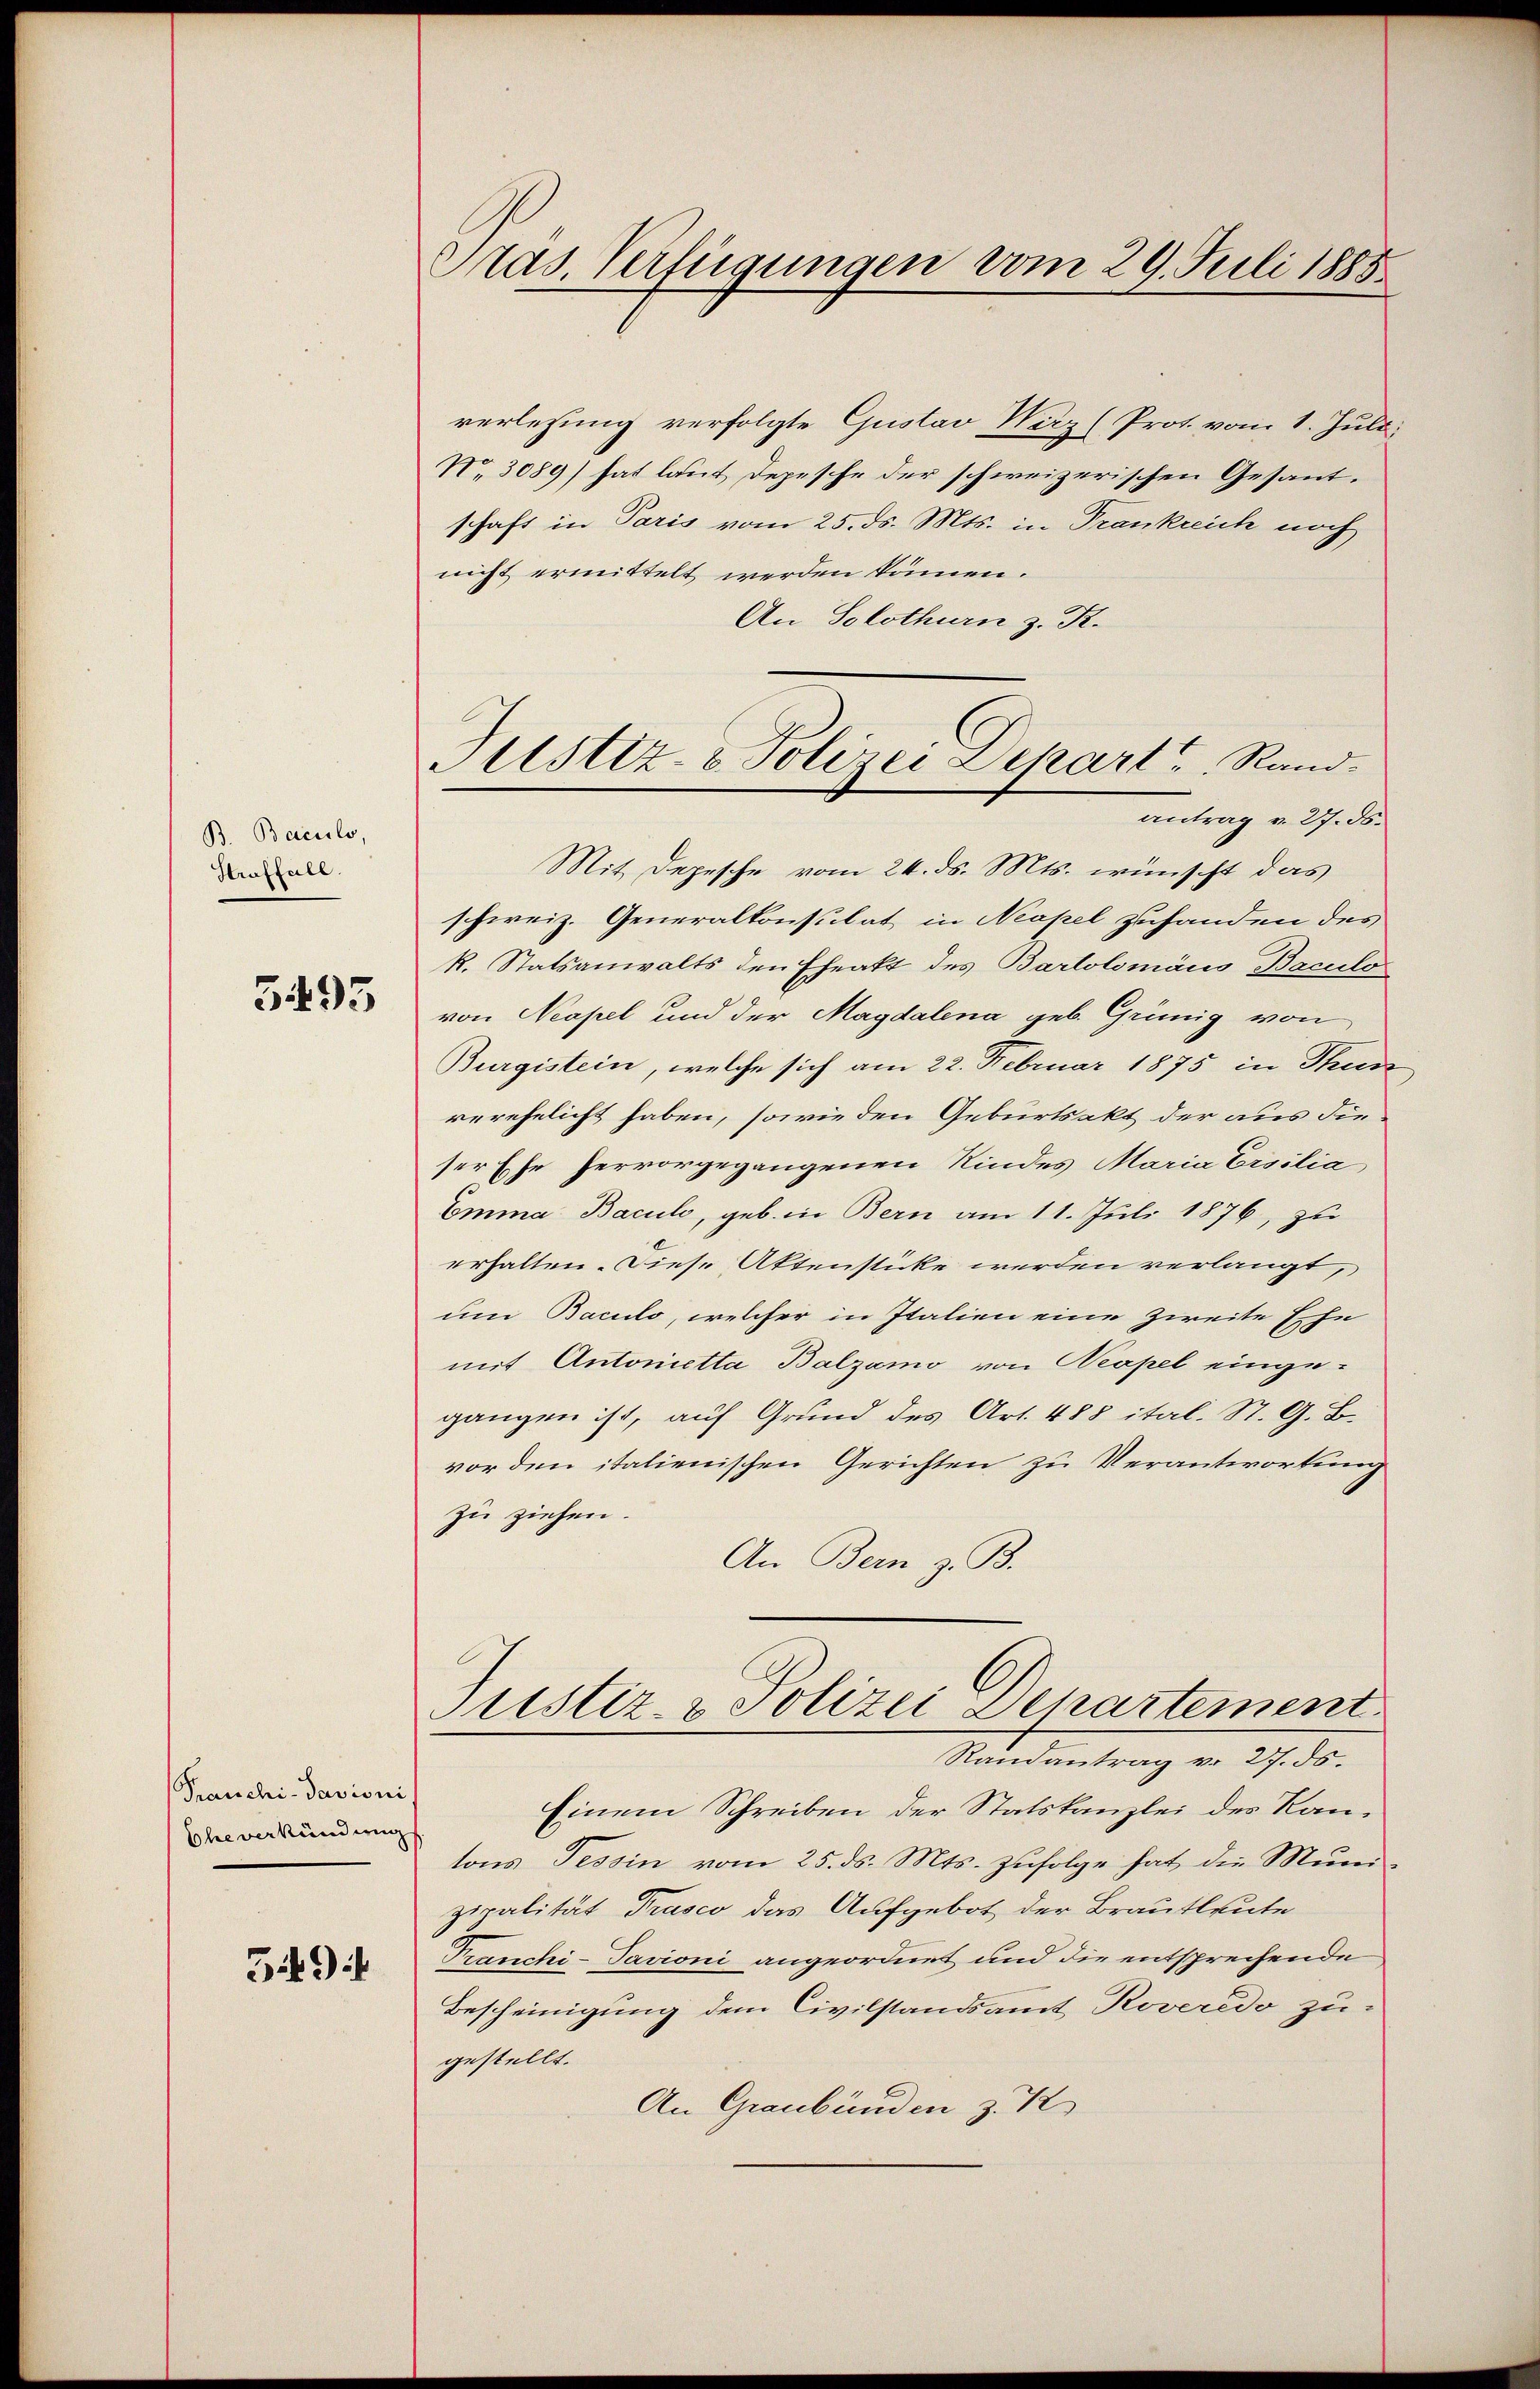
B. Bacuilo,
Straffall.

5493

Franchi-Pavioni
Eheverkündung

349

Pras. Verfügungen vom 29. Juli 1885.

verlesung verfolgte Gustav Wirz (Prot. vom 1. Juli
Nr. 3089) hat laut Depesche der schweizerischen Gesantschaft in Paris vom 25. ds. Mts. in Trankreich noch
nicht ermittelt werden können.
An Solothurn z. R.
Mit Depesche vom 24. ds. Mts. wünscht das
schweiz. Generalkonsulat in Neapel zuhanden des
k. Statsanwalts den Eheakt des Bartolomäus Baculo
von Neapel und der Magdalena geb. Grünig von
Burgistein, welche sich am 22. Februar 1875 in Thun
verehelicht haben, sowie den Geburtsakt der aus die
ser Ehe hervorgegangenen Kindes Maria Ersilia
Emma Baculi, geb. in Bern am 11. Juli 1876, zu
erhalten. Diese Aktenstücke werden verlangt,
um Baculo, welcher in Italien eine zweite Ehe
mit Antonietta Balzamo von Neapel einge-
gangen ist, auf Grund des Art. 488 ital. St. G. B.
vor den italienischen Gerichten zu Verantwortung
zu ziehen.
An Bern z. B.
Justiz- & Polizei Departement
Randantrag v. 27. ds.
Einem Schreiben der Statskanzlei des Kantons Tessin vom 25. ds. Mts. zufolge hat die Munizialität Prasco das Aufgebot der Brautleute
Tranchi-Pavioni angeordnet und die entsprechende
Bescheinigung dem Civilstandsamt Roveredo zu-
gestellt.
An Graubünden z.

Justiz- & Polizei Depart Rand.
antrag v. 27. ds.